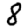
Digit: 8